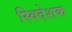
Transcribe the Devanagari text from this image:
स्विदेशक